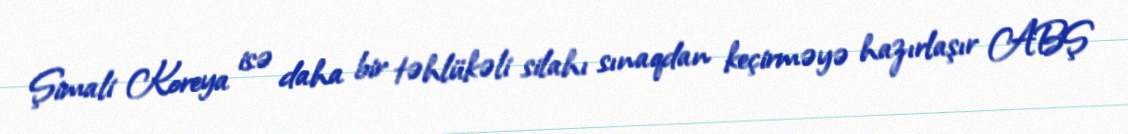
Şimali Koreya isə daha bir təhlükəli silahı sınaqdan keçirməyə hazırlaşır ABŞ